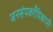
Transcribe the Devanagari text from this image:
जनसंपर्काधिकारी